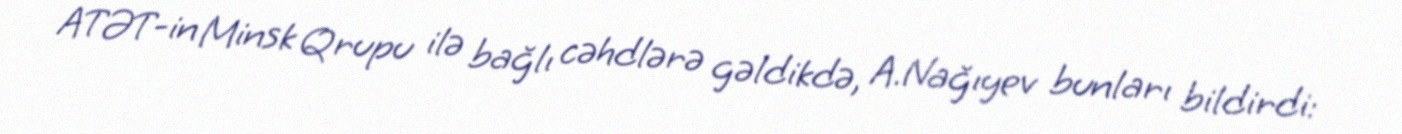
ATƏT-in Minsk Qrupu ilə bağlı cəhdlərə gəldikdə, A.Nağıyev bunları bildirdi: